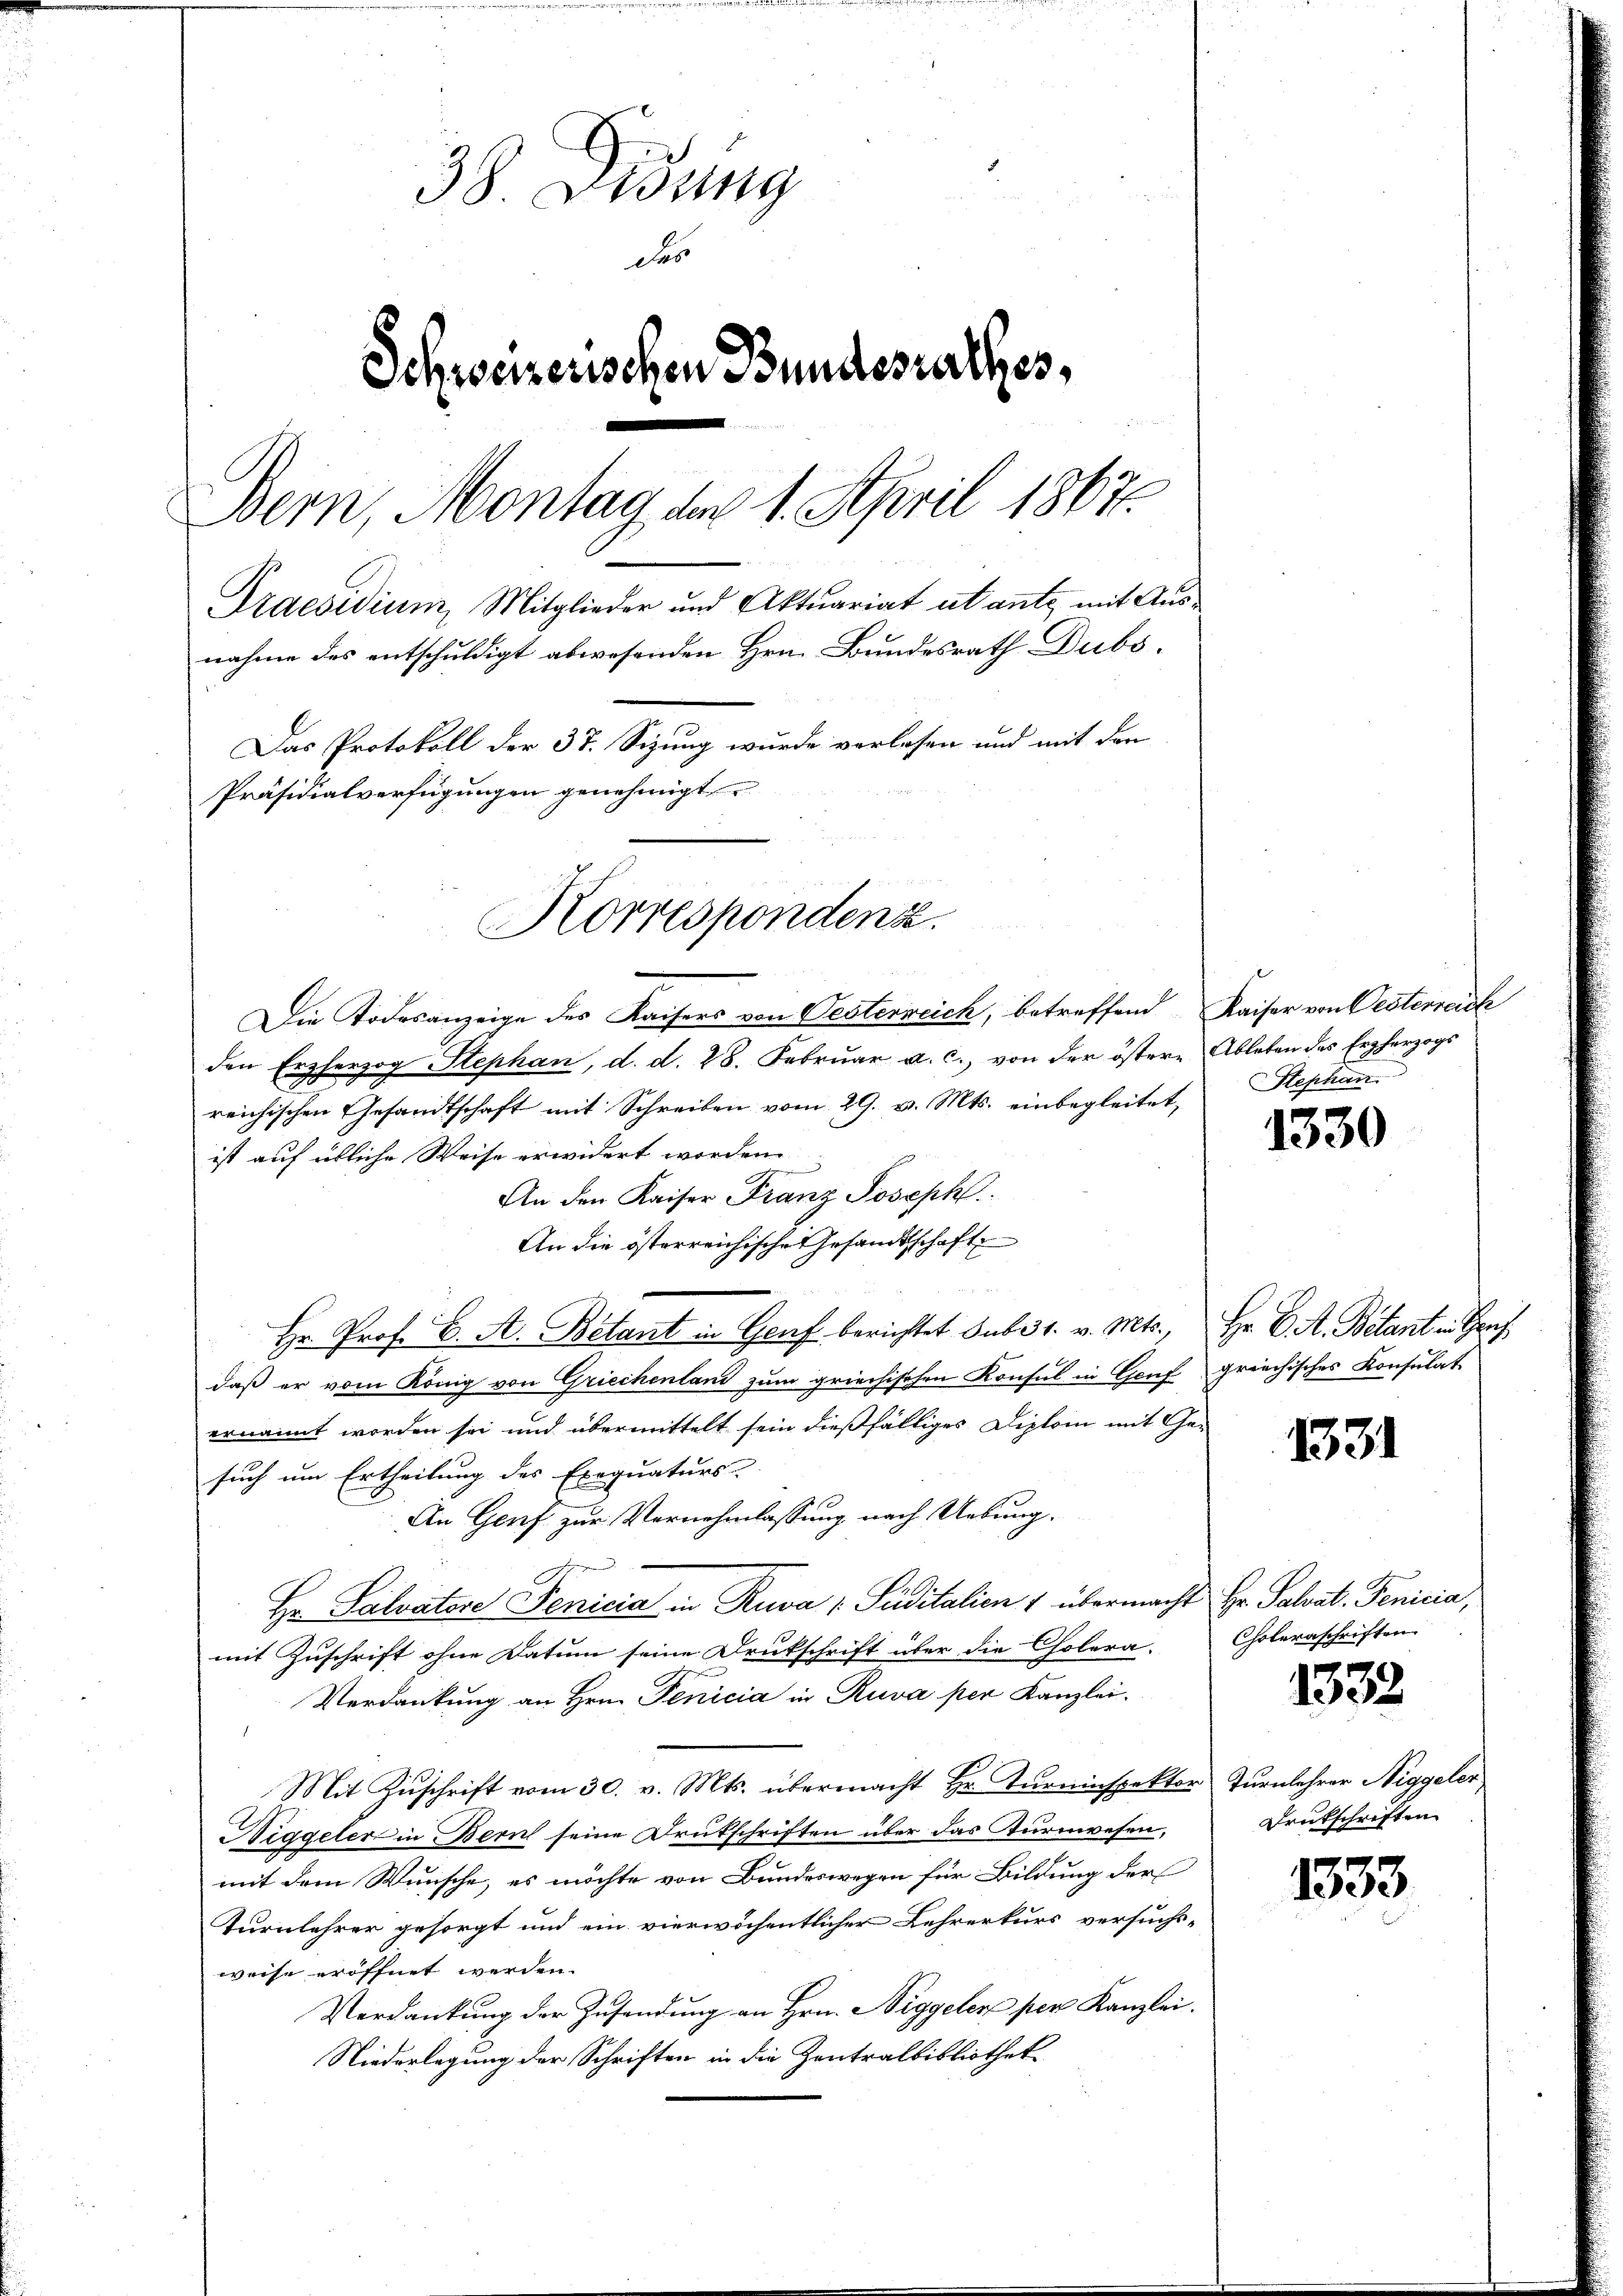
38. Lesung
das
Schweizerischen Bundesrathes,
Bern, Montag der 1. April 1867
Praesidium, Mitglieder und Aktuariat utante mit Ausnahme des entschuldigt abwesenden Hrn. Bundesrath Dubs,
Das Protokoll der 37. Sizung wurde verlesen und mit den
Präsidialverfügungen genehmigt
Korrespondense

Die Todesanzeige des Kaisers von Oesterreich, betreffend Kaiser von Oesterreich
den Erzherzog Stephan, d. d. 28. Februar a. c. von der östere Ableben des Erzherzogs
reichischen Gesandtschaft mit Schreiben vom 29. v. Mts. einbegleitet,
ist auf übliche Weise erwidert worden.
An den Kaiser Franz Joseph
An die österreichische Gesandtschaft
Hr. Prof. C. A. Betant in Genf berichtet sub 31. v. Mts., Hr. C. R. Bitant in Greif
daß er vom König von Griechenland zum griechischen Konsul in Genf griechisches Konsulat
ernannt worden sei und übermittelt sein dießfälliges Diplom mit Ge-
such um Ertheilung des Exequaturs-
An Genf zur Vernehmlassung nach Uebung.
Hr. Salvatore Penicia in Riva / Suditalien 1 übermacht Hr. Salvat. Penicia,
mit Zuschrift ohne Datum seine Drukschrift über die Cholera-
Verdankung an Hrn. Penicia in Ruva per Kanzlei.
.
Mit Zuschrift vom 30. v. Mts. übermacht Hr. Turninspektor Turnlehrer Niggeler
Higgeler in Bern seine Drukschriften über das Turnwesen,
mit dem Wunsche, es möchte von Bundeswegen für Bildung der
Turnlehrer gesorgt und ein vierwöchentlicher Lehrerkurs versuchs-
weise eröffnet werden.
Verdankung der Zusendung an Hrn. Niggeler per Kanzlei.
Niederlegung der Schriften in die Zentralbibliothek

Stephan

1330

1331

Cholernschriften.

1332

Drukschriften

1353.